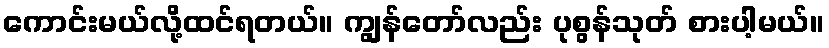
ကောင်းမယ်လို့ထင်ရတယ်။ ကျွန်တော်လည်း ပုစွန်သုတ် စားပါ့မယ်။